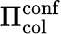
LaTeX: \Pi_{\mathrm{col}}^{\mathrm{conf}}